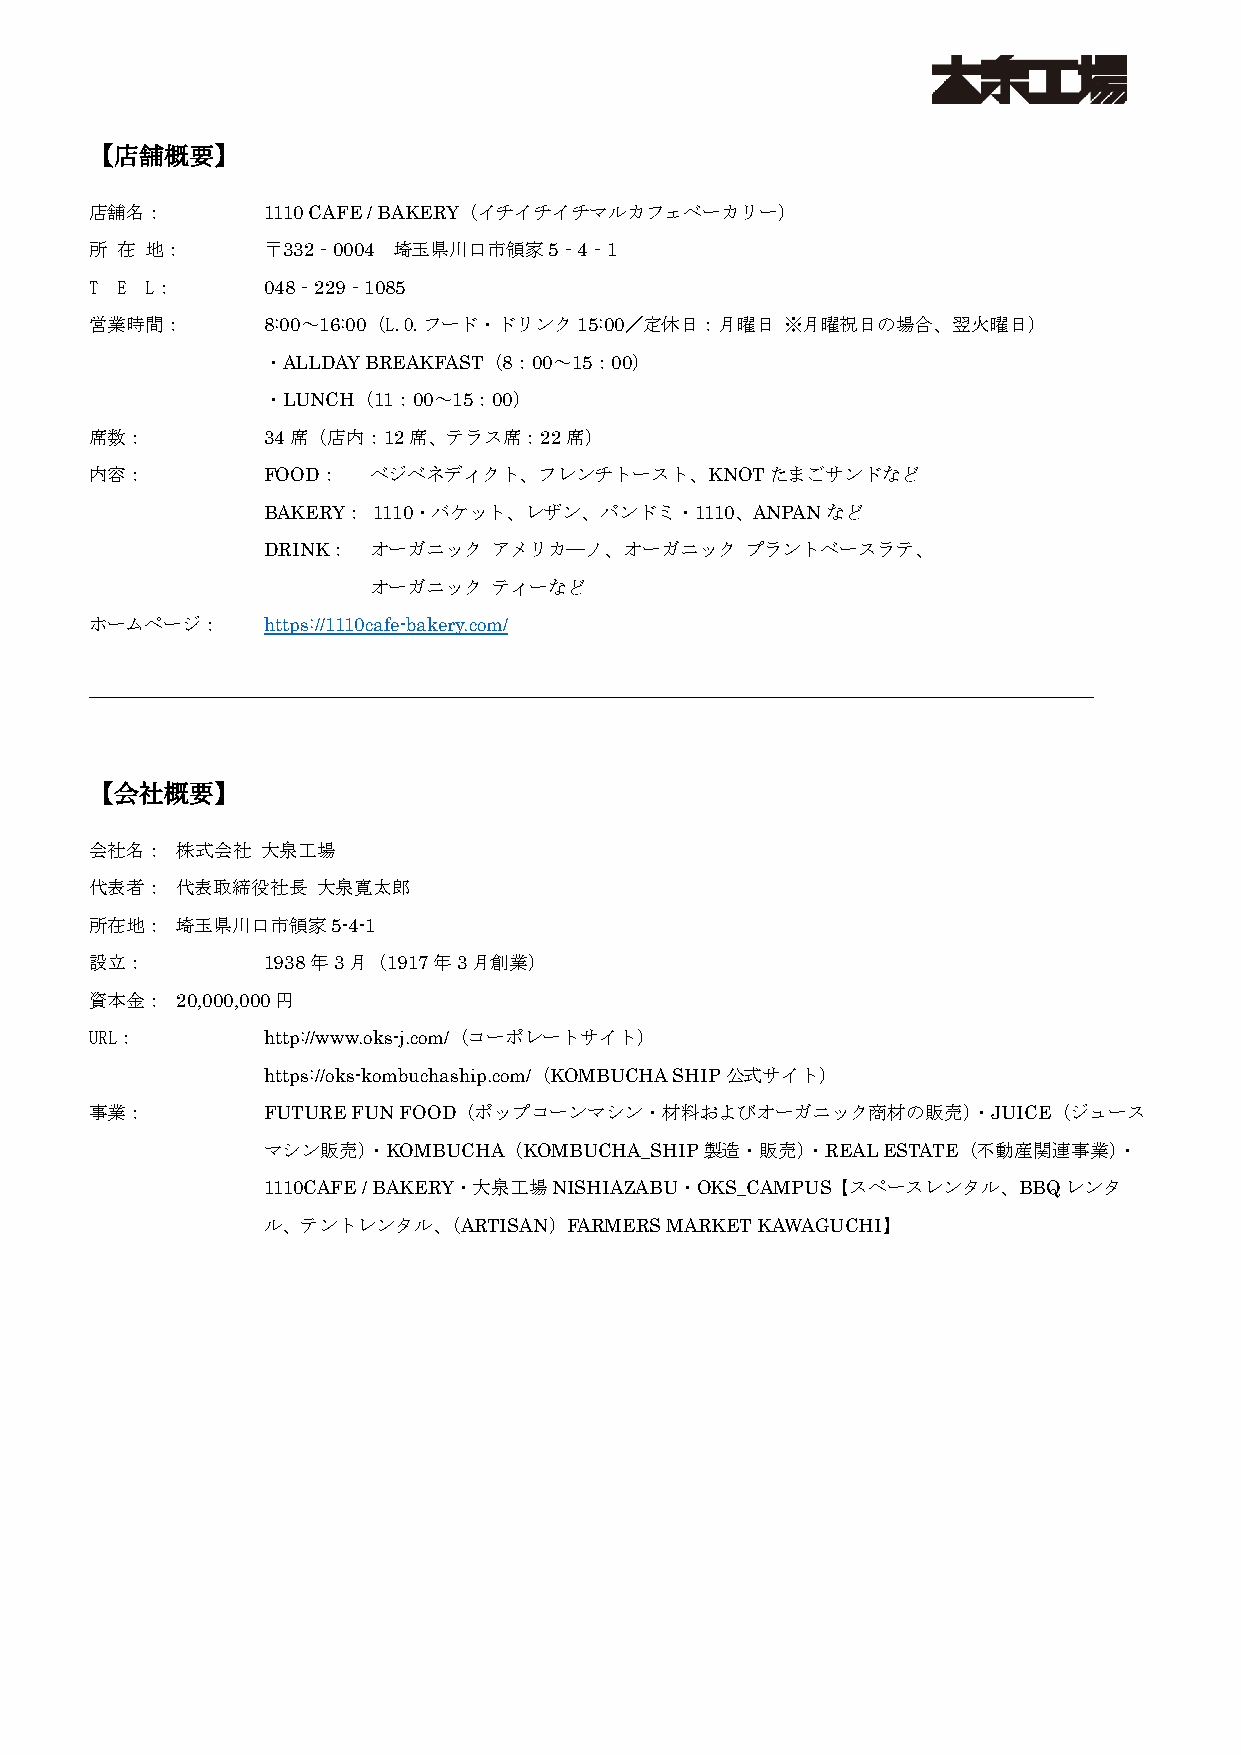
【店舗概要】
 店舗名：       1110 CAFE / BAKERY（イチイチイチマルカフェベーカリー）
 所 在 地：     〒332‐0004 埼玉県川口市領家5‐4‐1
 T E L：     048‐229‐1085
 営業時間：      8:00～16:00（L.O.フード・ドリンク15:00／定休日：月曜日 ※月曜祝日の場合、翌火曜日）
 ・ALLDAY BREAKFAST（8：00～15：00）
 ・LUNCH（11：00～15：00）
 席数：        34席（店内：12席、テラス席：22席）
 内容：        FOOD：   ベジベネディクト、フレンチトースト、KNOTたまごサンドなど
 BAKERY： 1110・バケット、レザン、パンドミ・1110、ANPANなど
 DRINK：  オーガニック  アメリカ―ノ、オーガニック   プラントベースラテ、
 オーガニック  ティーなど
 ホームページ：    https://1110cafe-bakery.com/
 【会社概要】
 会社名：  株式会社 大泉工場
 代表者：  代表取締役社長  大泉寛太郎
 所在地：  埼玉県川口市領家5-4-1
 設立：        1938年3月（1917年3月創業）
 資本金：  20,000,000円
 URL：       http://www.oks-j.com/（コーポレートサイト）
 https://oks-kombuchaship.com/（KOMBUCHA SHIP公式サイト）
 事業：        FUTURE FUN FOOD（ポップコーンマシン・材料およびオーガニック商材の販売）・JUICE（ジュース
 マシン販売）・KOMBUCHA（KOMBUCHA_SHIP製造・販売）・REAL ESTATE（不動産関連事業）・
 1110CAFE / BAKERY・大泉工場NISHIAZABU・OKS_CAMPUS【スペースレンタル、BBQレンタ
 ル、テントレンタル、（ARTISAN）FARMERS MARKET KAWAGUCHI】